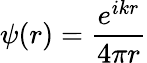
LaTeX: \psi(r)={\frac{e^{ikr}}{4\pi r}}